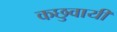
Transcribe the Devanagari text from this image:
कछुवायी